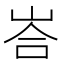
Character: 峇